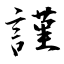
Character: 謹